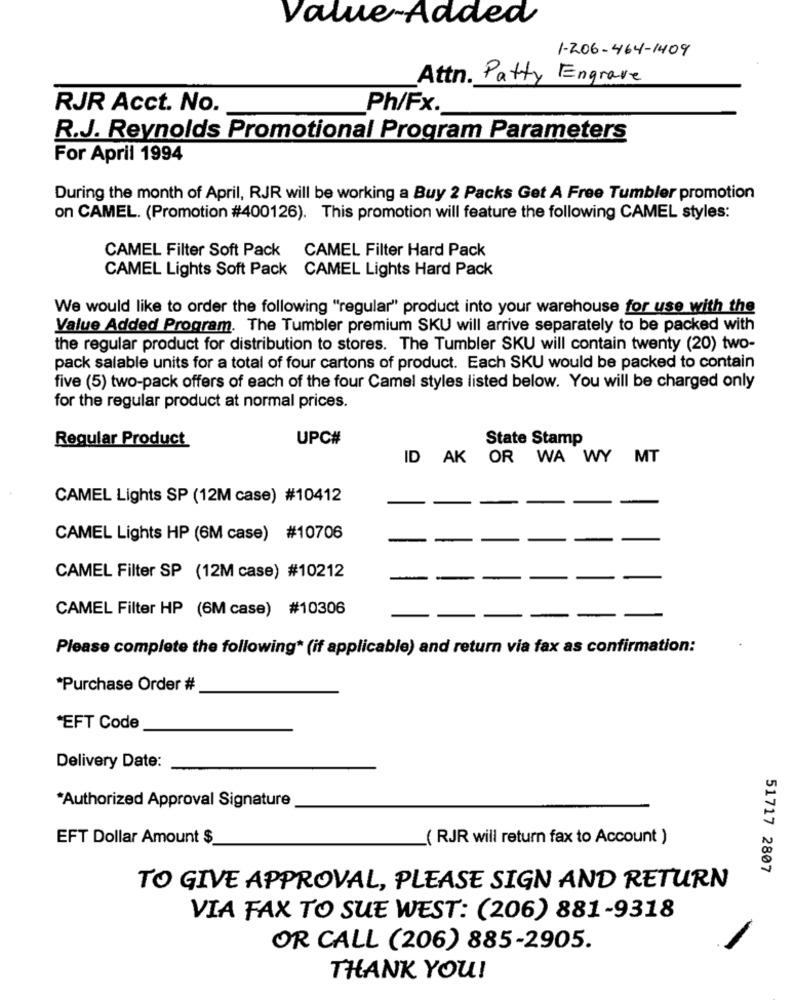
Value-Added
1-206-464-1409
Attn. Patty Engrave
RJR Acct. No.
Ph/Fx.
R.J. Reynolds Promotional Program Parameters
For April 1994
During the month of April, RJR will be working a Buy 2 Packs Get A Free Tumbler promotion
on CAMEL. (Promotion #400126). This promotion will feature the following CAMEL styles:
CAMEL Filter Soft Pack CAMEL Filter Hard Pack
CAMEL Lights Soft Pack CAMEL Lights Hard Pack
We would like to order the following "regular" product into your warehouse for use with the
Value Added Program. The Tumbler premium SKU will arrive separately to be packed with
the regular product for distribution to stores. The Tumbler SKU will contain twenty (20) two-
pack salable units for a total of four cartons of product. Each SKU would be packed to contain
five (5) two-pack offers of each of the four Camel styles listed below. You will be charged only
for the regular product at normal prices.
Regular Product
UPC#
State Stamp
ID AK OR WA WY MT
CAMEL Lights SP (12M case) #10412
CAMEL Lights HP (6M case) #10706
CAMEL Filter SP (12M case) #10212
CAMEL Filter HP (6M case) #10306
Please complete the following* (if applicable) and return via fax as confirmation:
*Purchase Order #
"EFT Code
Delivery Date:
*Authorized Approval Signature
EFT Dollar Amount $
( RJR will return fax to Account )
51717 2807
TO GIVE APPROVAL, PLEASE SIGN AND RETURN
VIA FAX TO SUE WEST: (206) 881-9318
OR CALL (206) 885-2905.
THANK YOU!